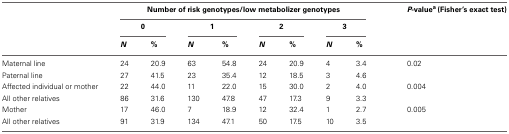
|  | <COLSPAN=8> Number of risk genotypes/low metabolizer genotypes | P-valuea (Fisher’s exact test) |
 |  | <COLSPAN=2> 0 | <COLSPAN=2> 1 | <COLSPAN=2> 2 | <COLSPAN=2> 3 |  |
 |  | N | % | N | % | N | % | N | % |  |
 | --- | --- | --- | --- | --- | --- | --- | --- | --- | --- |
 | Maternal line | 24 | 20.9 | 63 | 54.8 | 24 | 20.9 | 4 | 3.4 | 0.02 |
 | Paternal line | 27 | 41.5 | 23 | 35.4 | 12 | 18.5 | 3 | 4.6 |  |
 | Affected individual or mother | 22 | 44.0 | 11 | 22.0 | 15 | 30.0 | 2 | 4.0 | 0.004 |
 | All other relatives | 86 | 31.6 | 130 | 47.8 | 47 | 17.3 | 9 | 3.3 |  |
 | Mother | 17 | 46.0 | 7 | 18.9 | 12 | 32.4 | 1 | 2.7 | 0.005 |
 | All other relatives | 91 | 31.9 | 134 | 47.1 | 50 | 17.5 | 10 | 3.5 |  |